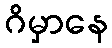
ဂိမှာနေ